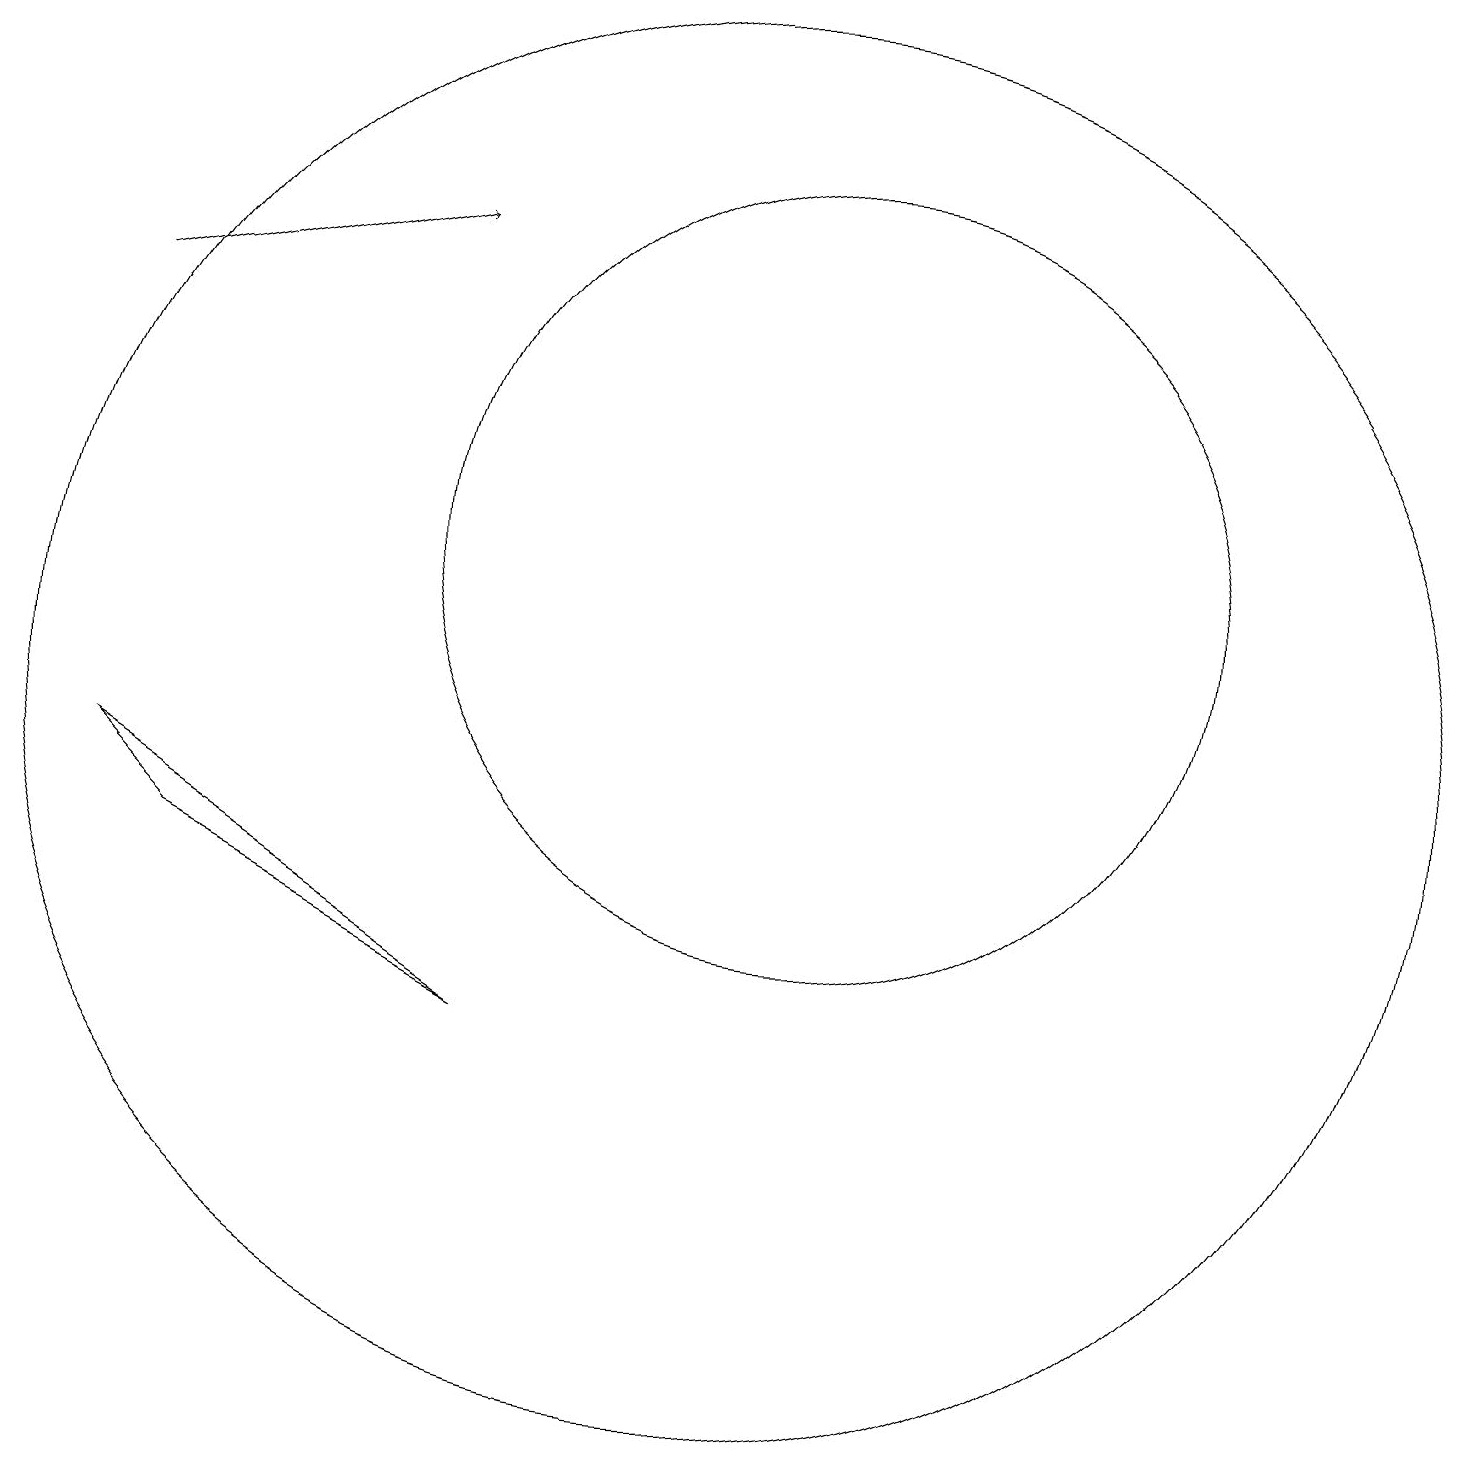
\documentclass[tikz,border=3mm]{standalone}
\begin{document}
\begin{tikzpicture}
\draw (11,10) circle (9);
\draw (4,8) -- (8,6) -- (3,9) -- cycle;
\draw (12,12) circle (5);
\draw[->] (3,15) -- (7,16);
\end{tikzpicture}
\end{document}